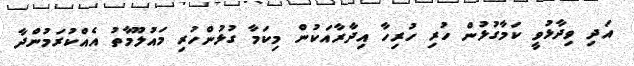
އަދި ވިދާޅުވީ ކަމާގުޅުން ހުރި ހުރިހާ އިދާރާއަކުން މިކަމާ ގުޅުންހުރި މައުލޫމާތު އެއްކުރަމުންދާ